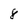
Character: 8